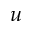
u